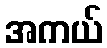
အကယ်